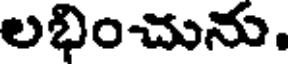
లభించును.